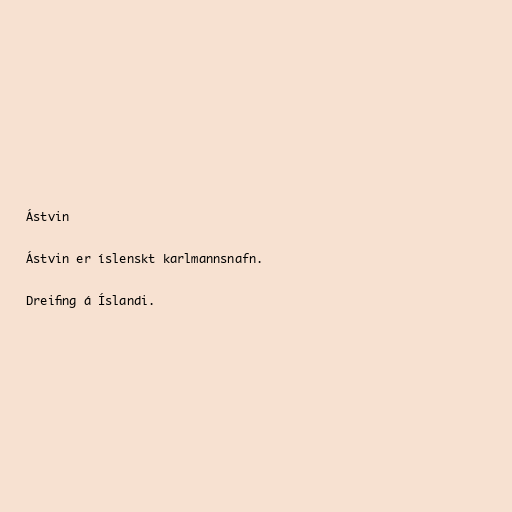
Ástvin

Ástvin er íslenskt karlmannsnafn.

Dreifing á Íslandi.